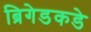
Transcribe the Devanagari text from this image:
ब्रिगेडकडे